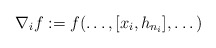
\begin{align*} \nabla_i f := f(\dots, [x_i, h_{n_i}], \dots)\end{align*}